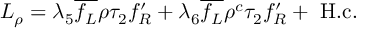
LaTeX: { \cal L } _ { \rho } = \lambda _ { 5 } \overline { { { f _ { L } } } } \rho \tau _ { 2 } { f _ { R } ^ { \prime } } + \lambda _ { 6 } \overline { { { f _ { L } } } } \rho ^ { c } \tau _ { 2 } { f _ { R } ^ { \prime } } + \mathrm { ~ H . c . }